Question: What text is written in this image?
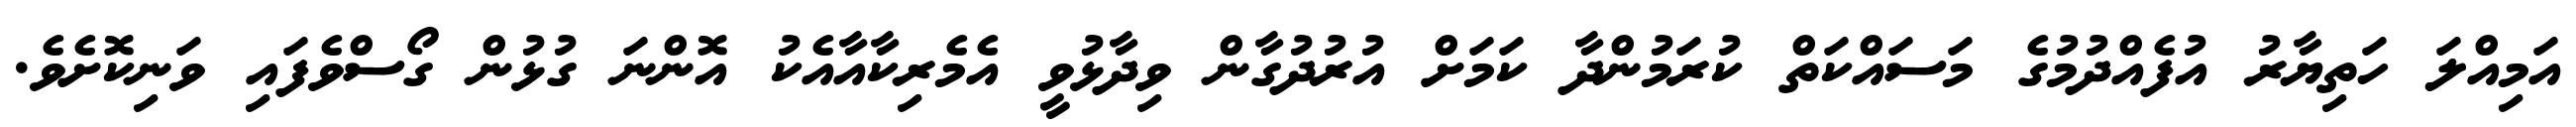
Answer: އަމިއްލަ ހަތިޔާރު އުފެއްދުމުގެ މަސައްކަތް ކުރަމުންދާ ކަމަށް އުރުދުގާން ވިދާޅުވީ އެމެރިކާއާއެކު އޮންނަ ގުޅުން ގޯސްވެފައި ވަނިކޮށެވެ.